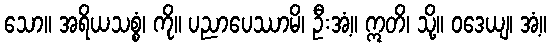
သော။ အရိယသစ္စံ၊ ကို။ ပညာပေဿာမိ၊ ဦးအံ့။ ဣတိ၊ သို့။ ဝဒေယျ၊ အံ့။